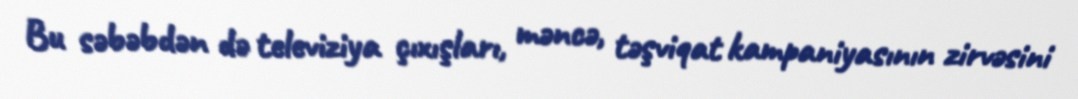
Bu səbəbdən də televiziya çıxışları, məncə, təşviqat kampaniyasının zirvəsini